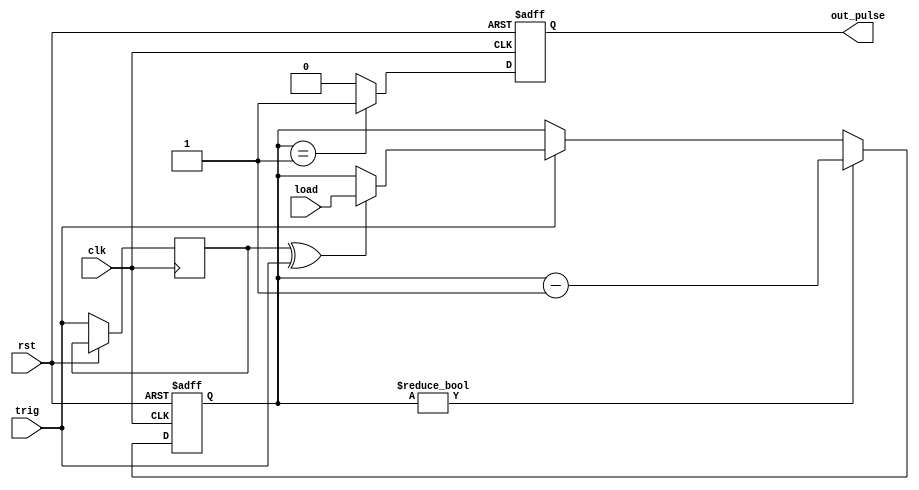
module timer
  #(parameter N = 3)
  (
    input clk,rst,
    input [N-1:0] load,
    input trig,
    output reg out_pulse
);
  reg [N-1:0] cnt;
  reg trig_r;
 
  always @(posedge clk or posedge rst)
    begin 
      if(rst) begin
      	out_pulse <= 1'b0;
      	cnt <= 0;
      end
      else 
        begin
          trig_r <= trig;
          if(trig) begin  
            if ( trig_r^trig ) begin
              cnt <= load;
            end
          end
            if(cnt!=0) begin
              cnt <= cnt - {{N-1{1'b0}},1'b1};
            end
            if ( cnt == 1) begin 
              out_pulse <= 1'b1;
            end
            else begin 
              out_pulse <= 1'b0;
            end
        end
    end
  
endmodule